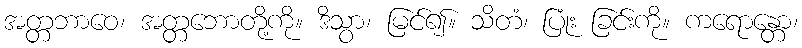
အတ္တဘာဝေ၊ အတ္တဘောတို့ကို။ ဒိသွာ၊ မြင်၍။ သိတံ၊ ပြုံး ခြင်းကို။ ကရောန္တော၊